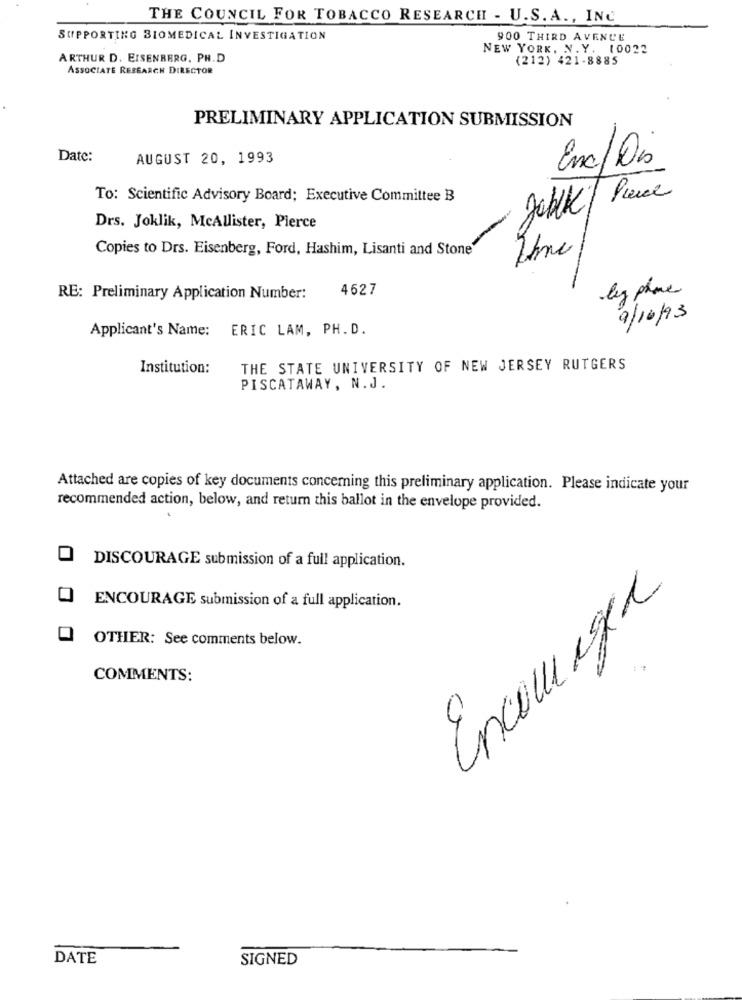
THE COUNCIL FOR TOBACCO RESEARCH - U.S. A ., INC
SUPPORTING BIOMEDICAL INVESTIGATION
900 THIRD AVENUE
NEW YORK, N. Y. 10022
ARTHUR D. EISENBERG, PH.D
(212) 421-8885
ASSOCIATE RESEARCH DIRECTOR
PRELIMINARY APPLICATION SUBMISSION
Date:
AUGUST 20, 1993
Enc/Os
To: Scientific Advisory Board; Executive Committee B
Drs. Joklik, McAllister, Pierce
Copies to Drs. Eisenberg, Ford, Hashim, Lisanti and Stone
4627
leg phone
RE: Preliminary Application Number:
9/10/93
Applicant's Name:
ERIC LAM, PH.D.
Institution:
THE STATE UNIVERSITY OF NEW JERSEY RUTGERS
PISCATAWAY, N.J.
Attached are copies of key documents concerning this preliminary application. Please indicate your
recommended action, below, and return this ballot in the envelope provided.
DISCOURAGE submission of a full application.
Encourager
ENCOURAGE submission of a full application.
OTHER: See comments below.
COMMENTS:
DATE
SIGNED